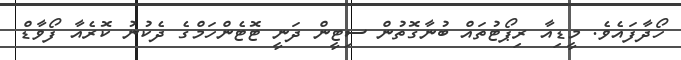
ހޯދާފައެވެ. މީޑިއާ ރިޕޯޓުތައް ބުނާގޮތުން ސިޓީން ދަނީ ޓޮޓެންހަމްގެ ދެކުނު ކޮރެއާ ފޯވާޑް